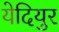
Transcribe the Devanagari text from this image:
येदियुर